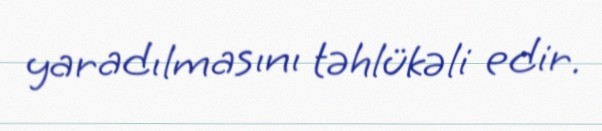
yaradılmasını təhlükəli edir.